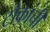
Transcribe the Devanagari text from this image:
टोकांची